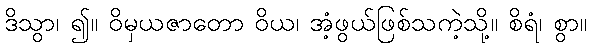
ဒိသွာ၊ ၍။ ဝိမှယဇာတော ဝိယ၊ အံ့ဖွယ်ဖြစ်သကဲ့သို့။ စိရံ၊ စွာ။